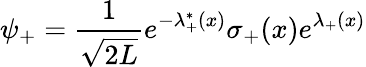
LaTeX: \psi_{+}={\frac{1}{\sqrt{2L}}}e^{-\lambda_{+}^{*}(x)}\sigma_{+}(x)e^{\lambda_{+}(x)}